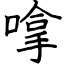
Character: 嗱